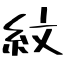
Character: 紋